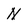
Character: N